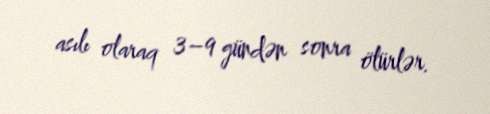
asılı olaraq 3–9 gündən sonra ölürlər.